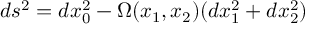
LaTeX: d s ^ { 2 } = d x _ { 0 } ^ { 2 } - \Omega ( x _ { 1 } , x _ { 2 } ) ( d x _ { 1 } ^ { 2 } + d x _ { 2 } ^ { 2 } )